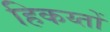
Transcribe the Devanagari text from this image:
हिकय्तों